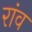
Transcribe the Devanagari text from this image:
रांव